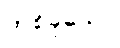
တစ်ခုသော